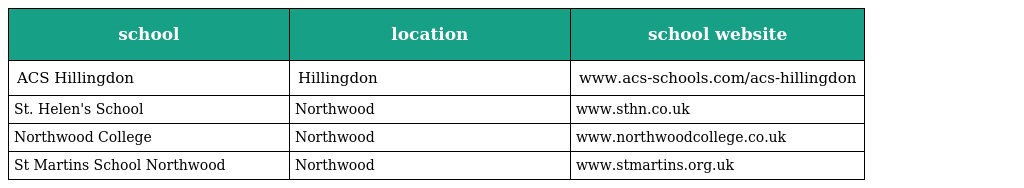
| school | location | school website |
 | --- | --- | --- |
 | ACS Hillingdon | Hillingdon | www.acs-schools.com/acs-hillingdon |
 | St. Helen's School | Northwood | www.sthn.co.uk |
 | Northwood College | Northwood | www.northwoodcollege.co.uk |
 | St Martins School Northwood | Northwood | www.stmartins.org.uk |